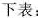
下表：